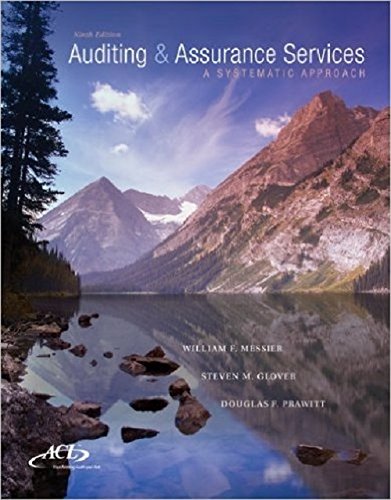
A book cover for MP Loose-Leaf Auditing & Assurance Services w/ ACL Software CD-ROM: A Systematic Approach; William Messier Jr; Business & Money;